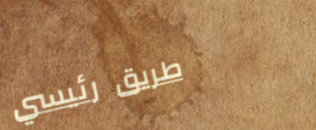
طريق رئيسي